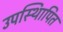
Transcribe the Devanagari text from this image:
उपस्थिापित